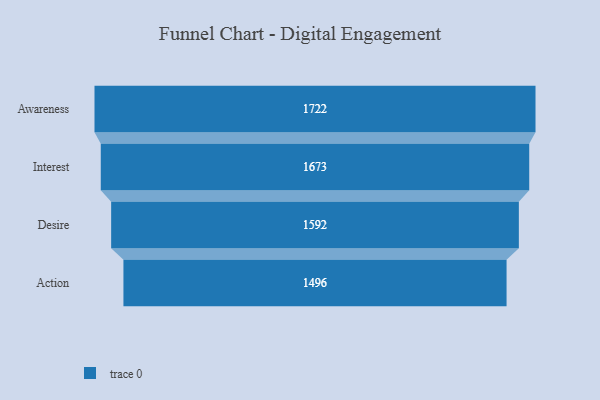
{"axis": {"x": "Stage", "y": "Value"}, "legend": [""], "data": [{"x": "Awareness", "y": 1722.0, "type": ""}, {"x": "Interest", "y": 1673.0, "type": ""}, {"x": "Desire", "y": 1592.0, "type": ""}, {"x": "Action", "y": 1496.0, "type": ""}]}